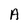
Character: A